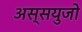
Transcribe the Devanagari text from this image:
अस्सयुजो